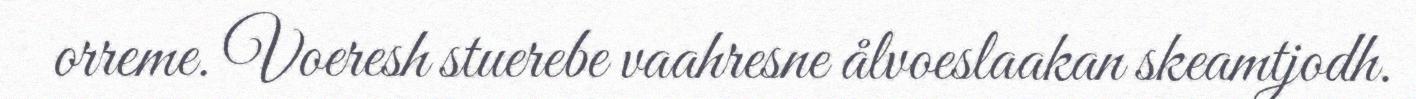
orreme. Voeresh stuerebe vaahresne ålvoeslaakan skeamtjodh.